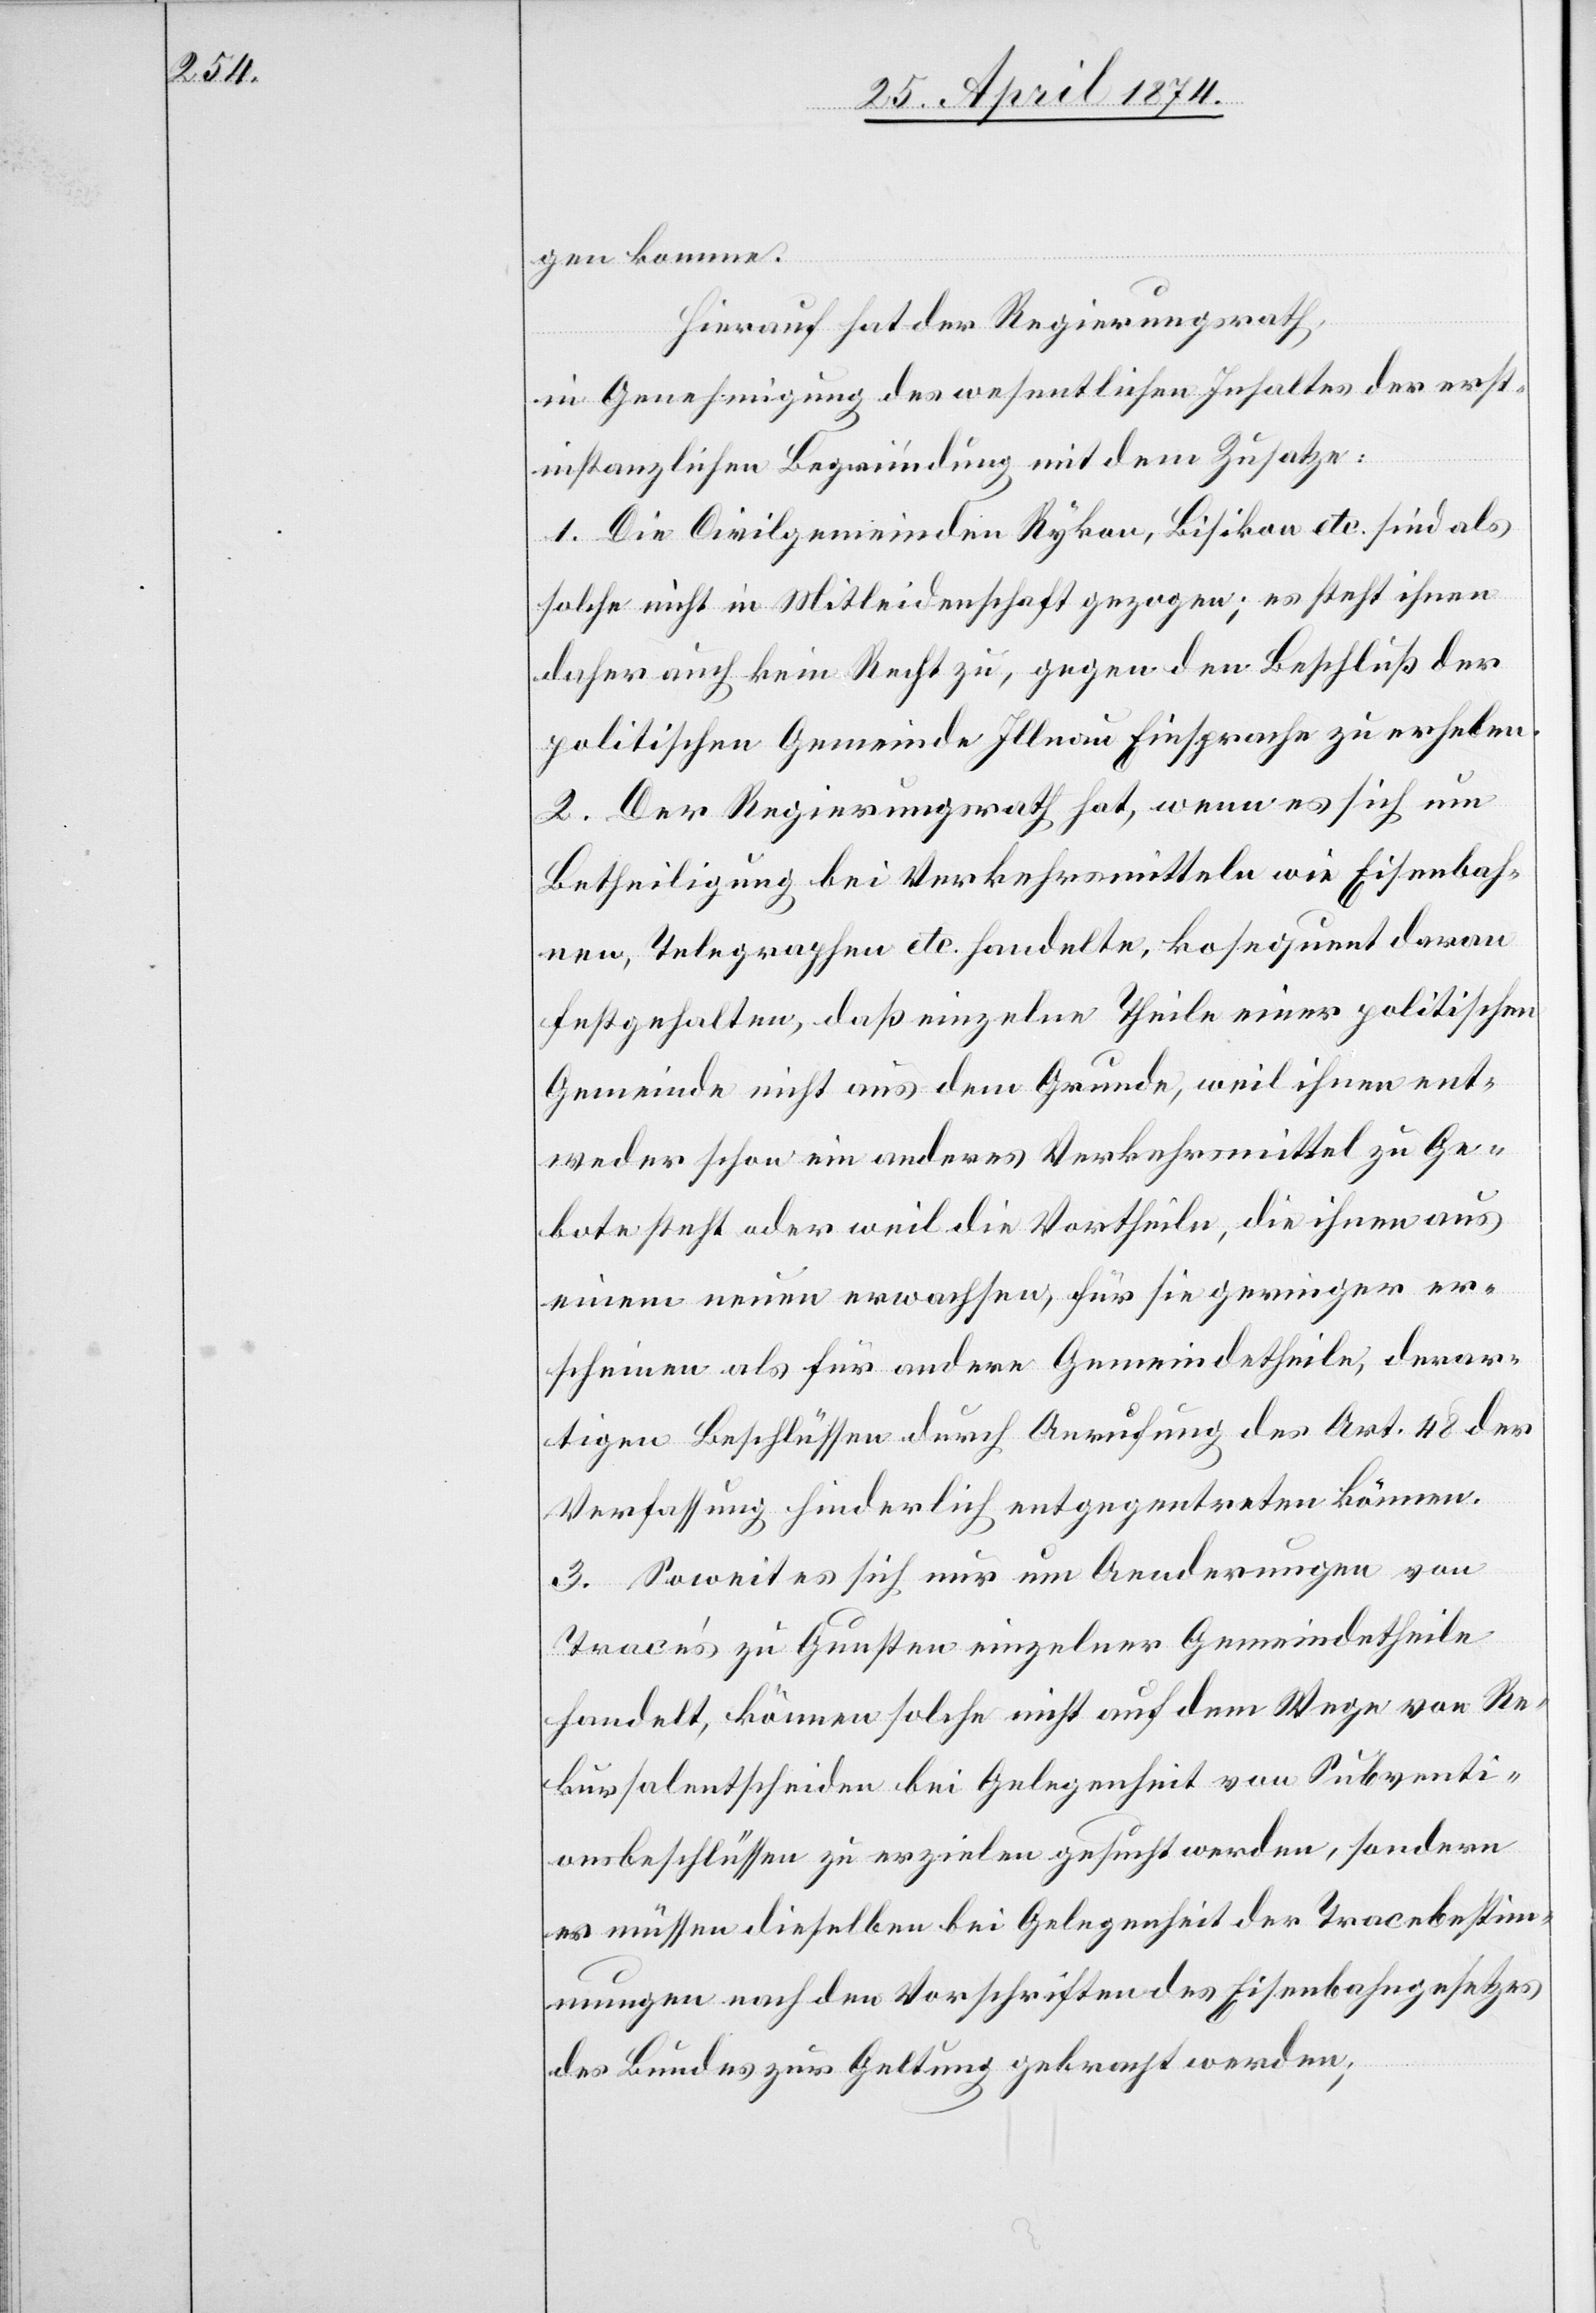
gen
hierauf hat der Regierungsrath,
in Genehmigung des wesentlichen Inhaltes der erst¬
instanzlichen Begründung mit dem Zusatze:
1. Die Civilgemeinden Rykon, Bisikon etc. sind als
solche nicht in Mitleidenschaft gezogen; es steht ihnen
daher auch kein Recht zu, gegen den Beschluß der
politischen Gemeinde Illnau Einsprache zu erheben.
2. Der Regierungsrath hat, wenn es sich um
Betheiligung bei Verkehrsmitteln wie Eisenbah¬
nen, Telegraphen etc. handelte, ko[n]sequent daran
festgehalten, daß einzelne Theile einer politischen
Gemeinde nicht aus dem Grunde, weil ihnen ent¬
weder schon ein anderes Verkehrsmittel zu Ge¬
bote steht oder weil die Vortheile, die ihnen aus
einem neuen erwachsen, für sie geringer er¬
scheinen als für andere Gemeindetheile, derar¬
tigen Beschlüssen durch Anrufung des Art. 48 der
Verfassung hinderlich entgegentreten können.
3. Soweit es sich nur um Aenderungen von
Trace’s zu Gunsten einzelner Gemeindetheile
handelt, kämen solche nicht auf dem Wege von Re¬
kursalentscheiden bei Gelegenheit von Subventi¬
onsbeschlüssen zu erzielen gesucht werden, sondern
es müssen dieselben bei Gelegenheit der Tracebestim¬
mungen nach den Vorschriften des Eisenbahngesetzes
des Bundes zur Geltung gebracht werden;